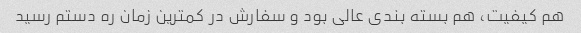
هم کیفیت، هم بسته بندی عالی بود و سفارش در کمترین زمان ره دستم رسید